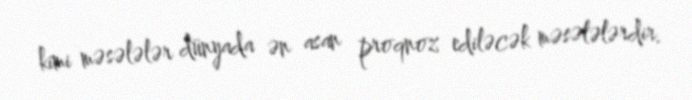
kimi məsələlər dünyada ən asan proqnoz ediləcək məsələlərdir.